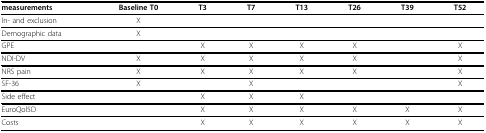
<table><thead><tr><td><b>measurements</b></td><td><b>Baseline T0</b></td><td><b>T3</b></td><td><b>T7</b></td><td><b>T13</b></td><td><b>T26</b></td><td><b>T39</b></td><td><b>T52</b></td></tr></thead><tbody><tr><td>In- and exclusion</td><td>X</td><td></td><td></td><td></td><td></td><td></td><td></td></tr><tr><td>Demographic data</td><td>X</td><td></td><td></td><td></td><td></td><td></td><td></td></tr><tr><td>GPE</td><td></td><td>X</td><td>X</td><td>X</td><td>X</td><td></td><td>X</td></tr><tr><td>NDI-DV</td><td>X</td><td>X</td><td>X</td><td>X</td><td>X</td><td></td><td>X</td></tr><tr><td>NRS pain</td><td>X</td><td>X</td><td>X</td><td>X</td><td>X</td><td></td><td>X</td></tr><tr><td>SF-36</td><td>X</td><td></td><td>X</td><td></td><td></td><td></td><td>X</td></tr><tr><td>Side effect</td><td></td><td>X</td><td>X</td><td>X</td><td></td><td></td><td></td></tr><tr><td>EuroQol5D</td><td></td><td>X</td><td>X</td><td>X</td><td>X</td><td>X</td><td>X</td></tr><tr><td>Costs</td><td></td><td>X</td><td>X</td><td>X</td><td>X</td><td>X</td><td>X</td></tr></tbody></table>